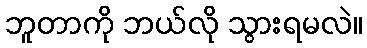
ဘူတာကို ဘယ်လို သွားရမလဲ။